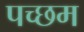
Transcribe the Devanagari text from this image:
पच्छम